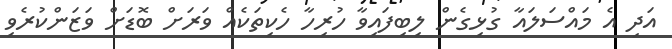
އަދި އެ މައްސަލައާ ގުޅިގެން ލިބިފައިވާ ހުރިހާ ހެކިތަކެއް ވަރަށް ބޮޑަށް ވަޒަންކުރެވި